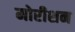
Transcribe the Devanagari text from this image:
मोरीशन